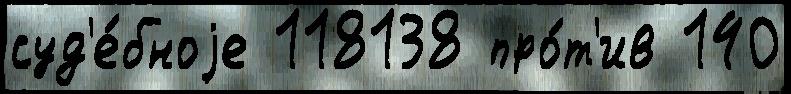
суд'е́бноjе 118138 про́т'ив 140